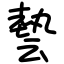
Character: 㙯